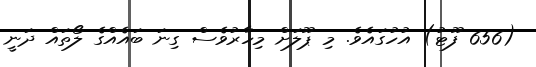
(656 ފޫޓު) އުހުގައެވެ. މި ޕޫލަށް މިހާރުވެސް ގިނަ ބައެއްގެ ލޯތައް ދަނީ